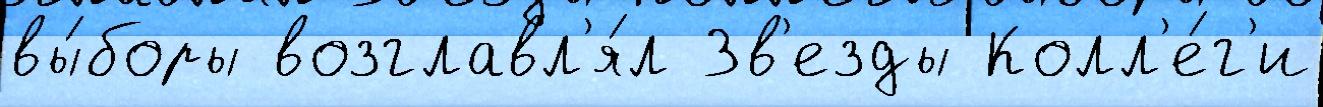
вы́боры возглавл'я́л Зв'езды Колл'е́г'и